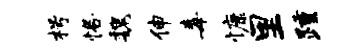
枵恪魏伸毒慷里踵